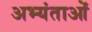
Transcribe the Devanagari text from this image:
अभ्यंताओं